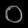
Digit: ၀